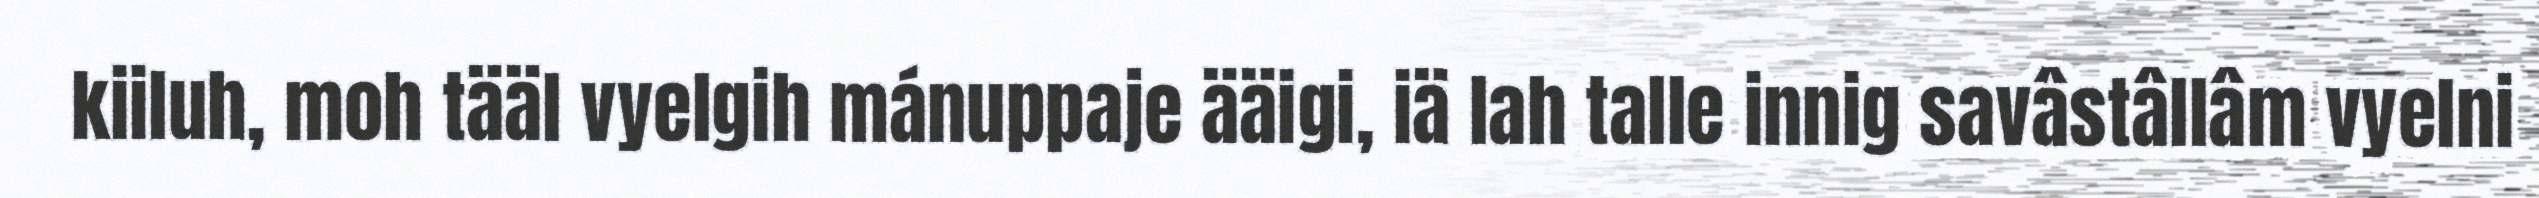
kiiluh, moh tääl vyelgih mánuppaje ääigi, iä lah talle innig savâstâllâm vyelni